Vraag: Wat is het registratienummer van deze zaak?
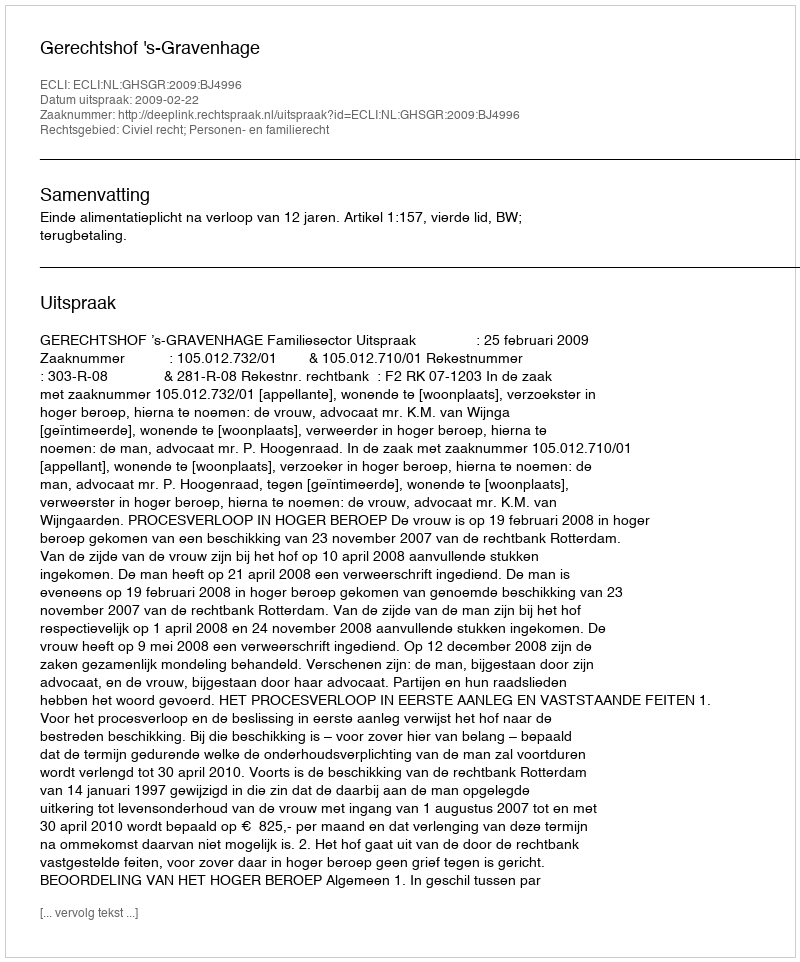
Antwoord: http://deeplink.rechtspraak.nl/uitspraak?id=ECLI:NL:GHSGR:2009:BJ4996